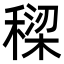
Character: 𮃡